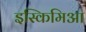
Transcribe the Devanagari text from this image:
इस्किमिआ